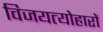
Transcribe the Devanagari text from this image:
विजयत्योहारों